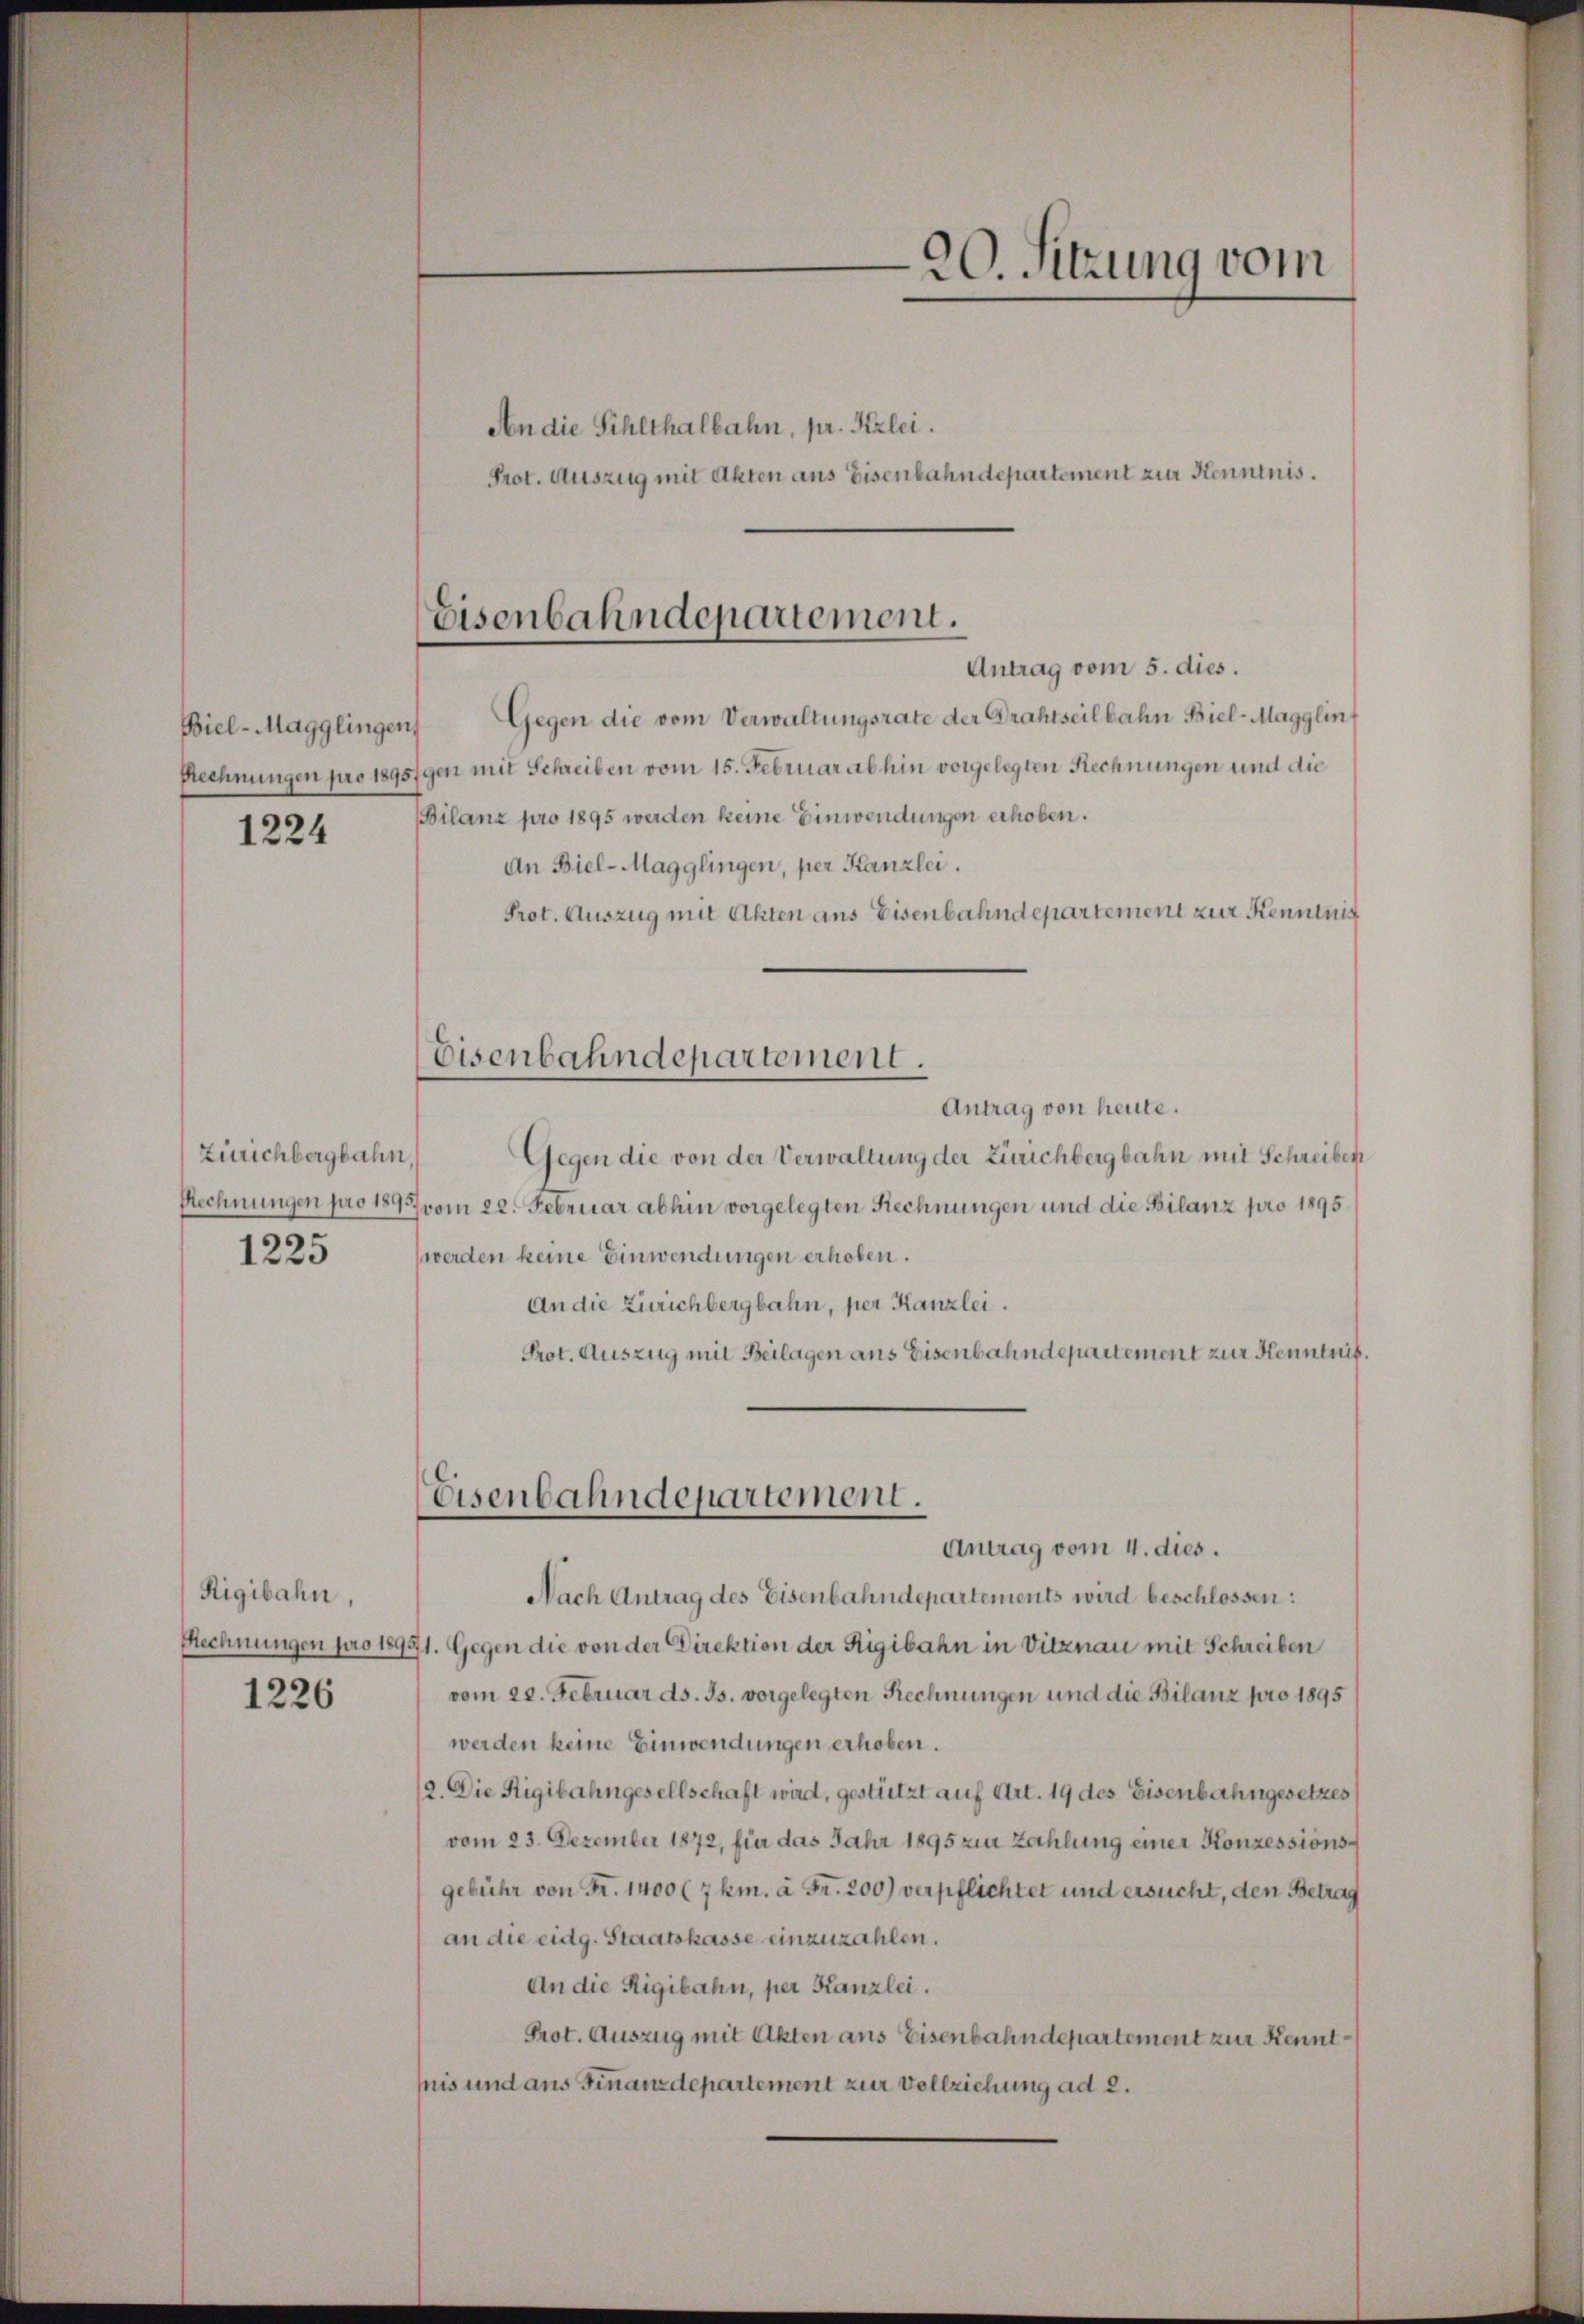
Biel-Magglingen
1224

Zürichbergbahn,
1225

Rigibahn,
1226

Eisenbahndepartement.
Antrag vom 5. dies.

Eisenbahndepartement.

20. Sitzung vom

An die Sihlthalbahn, pr. Kzlei.
Prot. Auszug mit Akten ans Eisenbahndepartement zur Kenntnis.
Gegen die vom Verwaltungsrate der Grahtseilbahn Biel-Magglin
Rechnungen pro 18951gen mit Schreiben vom 15. Februar abhin vorgelegten Rechnungen und die
Bilanz pro 1895 werden keine Einwendungen erhoben.
An Biel-Magglingen, per Kanzlei.
Prot. Auszug mit Akten aus Eisenbahndepartement zur Kenntnis
Antrag von heute.
Gegen die von der Verwaltung der Zürichbergbahn mit Schreiben,
Rechnungen pro 1895 vom 22. Februar abhin vorgelegten Rechnungen und die Bilanz pro 1895
werden keine Einwendungen erhoben.
An die Zürichbergbahn, per Kanzlei.
Prot. Auszug mit Beilagen ans Eisenbahndepartement zur Kenntnis
Eisenbahndepartement.
Antrag vom 4. dies.
Nach Antrag des Eisenbahndepartements wird beschlossen:
Rechnungen pro 18991. Gegen die von der Direktion der Rigibahn in Vitznau mit Schreiben
vom 22. Februar ds. Js. vorgelegten Rechnungen und die Bilanz pro 1895
werden keine Einwendungen erhoben.
2. Die Rigibahngesellschaft wird, gestützt auf Art. 19 des Eisenbahngesetzes
vom 23. Dezember 1872, für das Jahr 1895 zur Zahlung einer Konzessionsgebühr von Fr. 1400 (7 km. à Fr. 200) verpflichtet und ersucht, den Betrag
an die eidg. Staatskasse einzuzahlen.
An die Rigibahn, per Kanzlei.
Prot. Auszug mit Akten aus Eisenbahndepartement zur Kenntnis und aus Finanzdepartement zur Vollziehung ad 2.